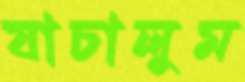
যাচালুম